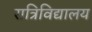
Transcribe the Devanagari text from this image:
रात्रिविद्यालय